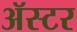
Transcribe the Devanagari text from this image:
ॲस्टर